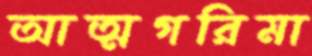
আত্মগরিমা